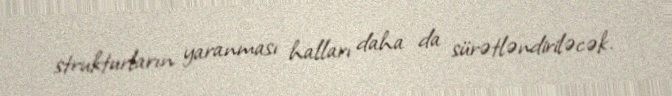
strukturların yaranması halları daha da sürətləndiriləcək.